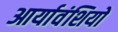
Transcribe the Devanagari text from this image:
आर्यावंशियों